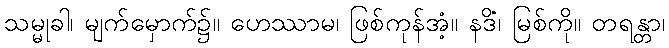
သမ္မုခါ၊ မျက်မှောက်၌။ ဟေဿာမ၊ ဖြစ်ကုန်အံ့။ နဒိံ၊ မြစ်ကို။ တရန္တာ၊